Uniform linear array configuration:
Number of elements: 64
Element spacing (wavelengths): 0.5
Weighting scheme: cosine
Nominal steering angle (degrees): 0
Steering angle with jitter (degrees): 1.915
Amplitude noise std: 0.05
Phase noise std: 0.05

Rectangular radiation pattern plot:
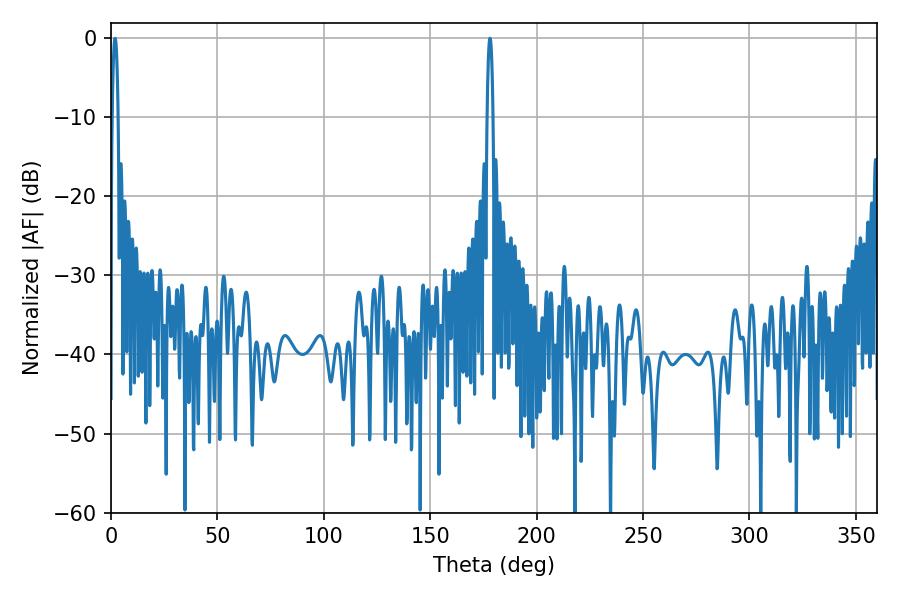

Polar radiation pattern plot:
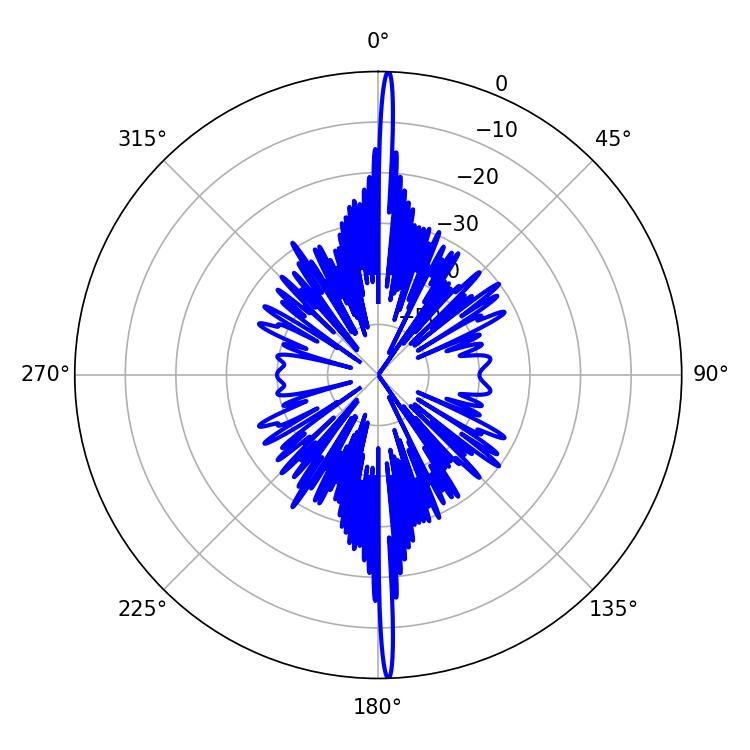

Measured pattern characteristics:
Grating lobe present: FALSE
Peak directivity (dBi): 29.595
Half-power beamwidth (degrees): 1.44
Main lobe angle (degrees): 178.02